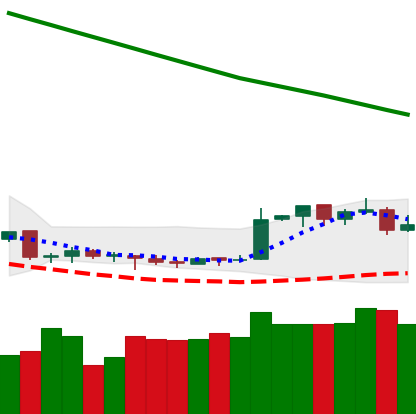
Ticker: XMR-USD
Chart end date: 2019-02-15
Forward return: 9.849%
Label: up_7plus